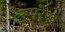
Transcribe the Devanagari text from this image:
रूपरेख